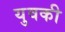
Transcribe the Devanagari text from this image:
युवकी